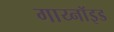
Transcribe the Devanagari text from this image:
गाय्नॉइड